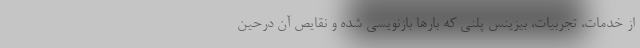
از خدمات، تجربیات، بیزینس پلنی که بارها بازنویسی شده و نقایص آن درحین